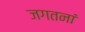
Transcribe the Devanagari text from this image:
जगतनां